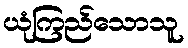
ယုံကြည်သောသူ